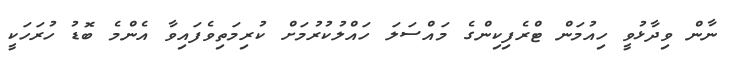
ނާން ވިދާޅުވީ ހިއުމަން ޓްރެފިކިންގެ މައްސަލަ ހައްލުކުރުމަށް ކުރިމަތިވެފައިވާ އެންމެ ބޮޑު ހުރަހަކީ